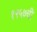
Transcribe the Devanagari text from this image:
१९५७ची